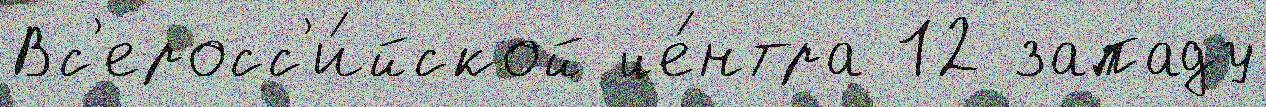
Вс'еросс'и́йской це́нтра 12 западу